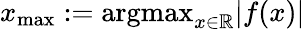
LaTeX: x_{\mathrm{max}}:=\mathrm{argmax}_{x\in\mathbb{R}}|f(x)|